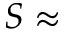
S \approx